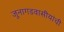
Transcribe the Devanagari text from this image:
जुनागडवासीयांची